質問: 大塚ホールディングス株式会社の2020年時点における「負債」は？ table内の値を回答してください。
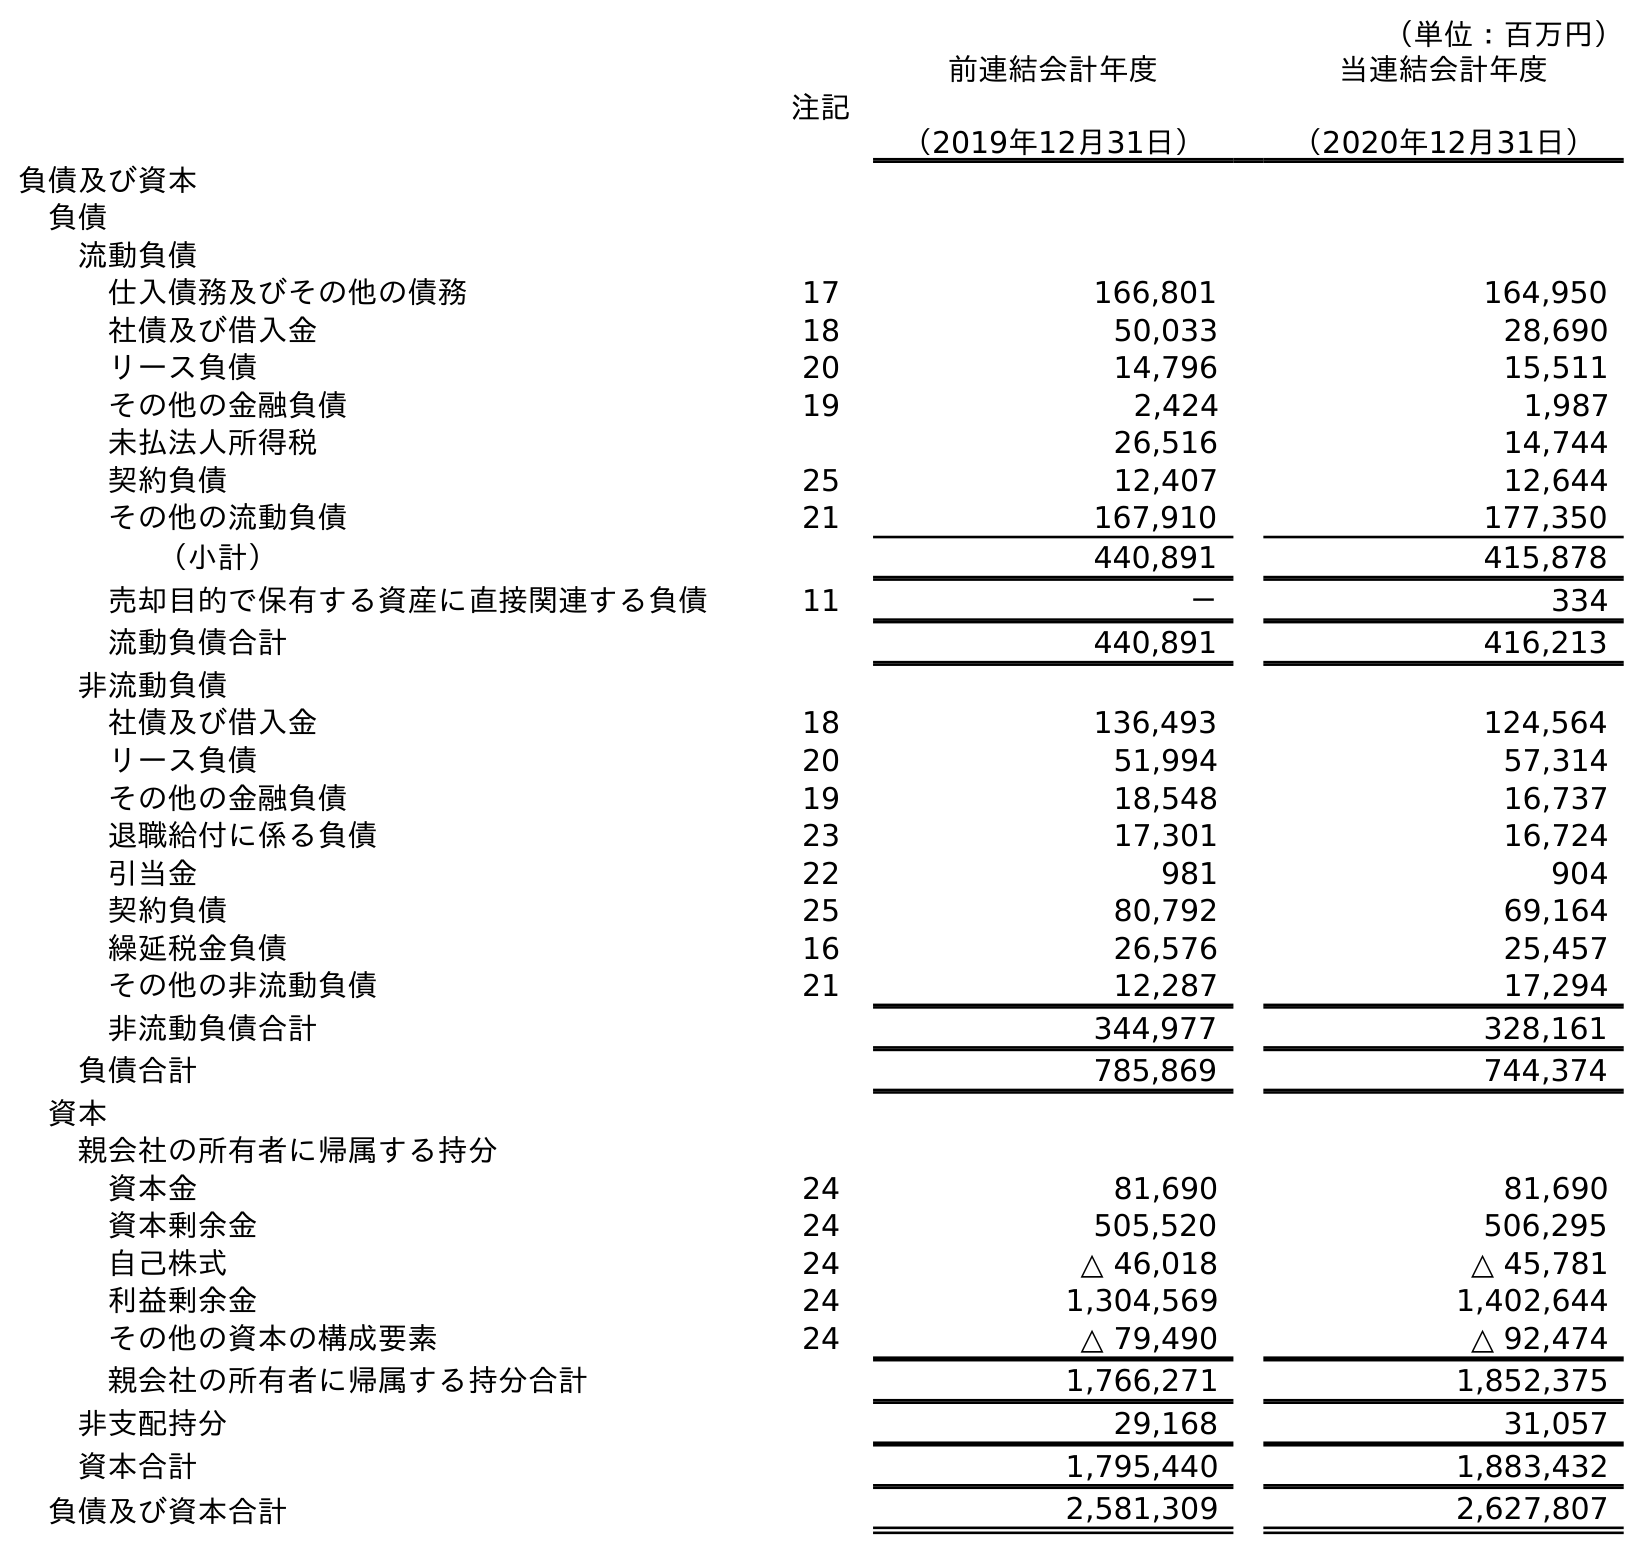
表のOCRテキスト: （単位：百万円） 注記 前連結会計年度 （2019年12月31日） 当連結会計年度 （2020年12月31日） 負債及び資本 負債 流動負債 仕入債務及びその他の債務 17 166,801 164,950 社債及び借入金 18 50,033 28,690 リース負債 20 14,796 15,511 その他の金融負債 19 2,424 1,987 未払法人所得税 26,516 14,744 契約負債 25 12,407 12,644 その他の流動負債 21 167,910 177,350 （小計） 440,891 415,878 売却目的で保有する資産に直接関連する負債 11 － 334 流動負債合計 440,891 416,213 非流動負債 社債及び借入金 18 136,493 124,564 リース負債 20 51,994 57,314 その他の金融負債 19 18,548 16,737 退職給付に係る負債 23 17,301 16,724 引当金 22 981 904 契約負債 25 80,792 69,164 繰延税金負債 16 26,576 25,457 その他の非流動負債 21 12,287 17,294 非流動負債合計 344,977 328,161 負債合計 785,869 744,374 資本 親会社の所有者に帰属する持分 資本金 24 81,690 81,690 資本剰余金 24 505,520 506,295 自己株式 24 △ 46,018 △ 45,781 利益剰余金 24 1,304,569 1,402,644 その他の資本の構成要素 24 △ 79,490 △ 92,474 親会社の所有者に帰属する持分合計 1,766,271 1,852,375 非支配持分 29,168 31,057 資本合計 1,795,440 1,883,432 負債及び資本合計 2,581,309 2,627,807
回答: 744,374